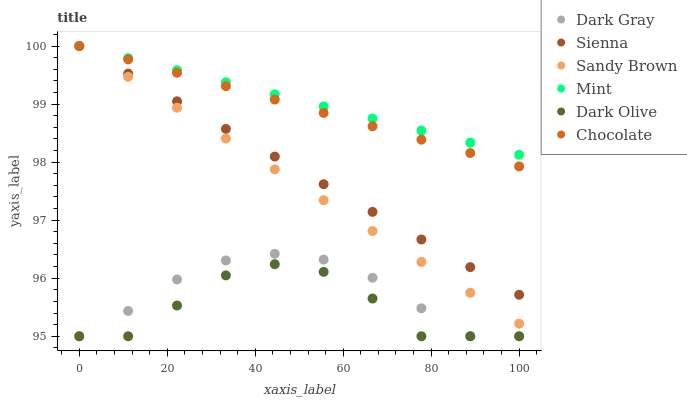
| xaxis_label | Dark Gray | Sienna | Sandy Brown | Mint | Dark Olive | Chocolate |
 | --- | --- | --- | --- | --- | --- | --- |
 | 0 | 95 | 100 | 100 | 100 | 95 | 100 |
 | 11.1 | 95.4 | 99.5 | 99.5 | 99.8 | 95 | 99.8 |
 | 22.2 | 96 | 99 | 98.9 | 99.6 | 95.5 | 99.5 |
 | 33.3 | 96.3 | 98.6 | 98.4 | 99.4 | 96 | 99.3 |
 | 44.4 | 96.4 | 98.1 | 97.9 | 99.2 | 96.2 | 99.1 |
 | 55.6 | 96.3 | 97.6 | 97.3 | 99 | 96.1 | 98.8 |
 | 66.7 | 96 | 97.1 | 96.8 | 98.8 | 95.6 | 98.6 |
 | 77.8 | 95.5 | 96.7 | 96.3 | 98.5 | 95 | 98.4 |
 | 88.9 | 95 | 96.2 | 95.7 | 98.3 | 95 | 98.2 |
 | 100 | 95 | 95.7 | 95.2 | 98.1 | 95 | 97.9 |